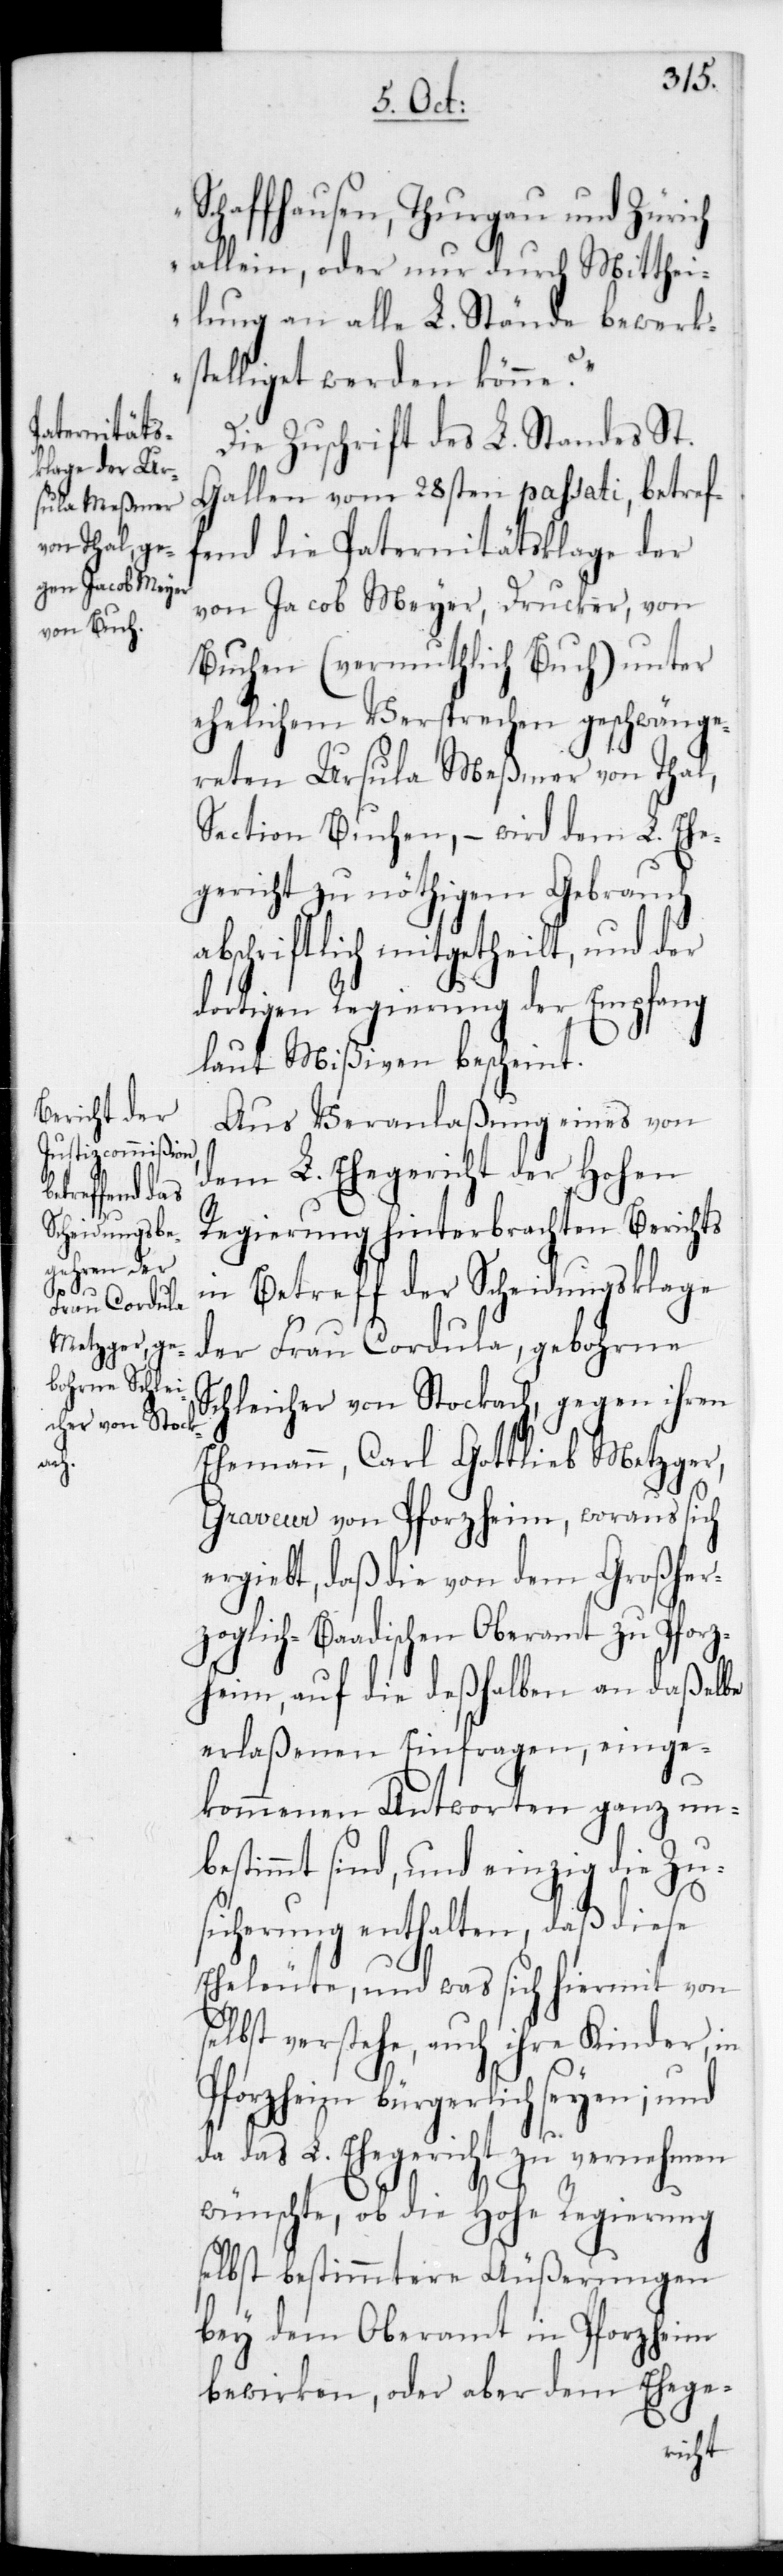
Schaffhausen, Thurgau und Zürich
allein, oder nur durch Mitthei¬
lung an alle L. Stände bewerk¬
stelliget werden könne?“
Die Zuschrift des L. Standes St.
Gallen vom 28sten passati, betref¬
fend die Paternitätsklage der
von Jacob Meyer, Drucker, von
Buchen (vermuthlich Buch) unter
ehelichem Versprechen geschwänge¬
reten Ursula Meßmer von Thal,
Section Buchen, – wird dem L. Ehe¬
gericht zu nöthigem Gebrauch
abschriftlich mitgetheilt, und der
dortigen Regierung der Empfang
laut Mißiven bescheint.
Aus Veranlaßung eines von
dem L. Ehegericht der Hohen
Regierung hinterbrachten Berichts
in Betreff der Scheidungsklage
der Frau Cordula, gebohrne
Schleicher von Stockach, gegen ihren
Ehemann, Carl Gottlieb Metzger,
Graveur von Pforzheim, woraus sich
ergiebt, daß die von dem Großher¬
zoglich-Baadischen Oberamt zu Pforz¬
heim, auf die deßhalben an daßelbe
erlaßenen Einfragen, einge¬
kommenen Antworten ganz un¬
bestimmt sind, und einzig die Zu¬
sicherung enthalten, daß diese
Eheleute, und was sich hiermit von
selbst verstehe, auch ihre Kinder, in
Pforzheim bürgerlich seyen, und
da das L. Ehegericht zu vernehmen
wünschte, ob die Hohe Regierung
selbst bestimmtere Äußerungen
bey dem Oberamt in Pforzheim
bewirken, oder aber dem Ehege-